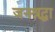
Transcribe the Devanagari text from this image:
जनश्रद्धा